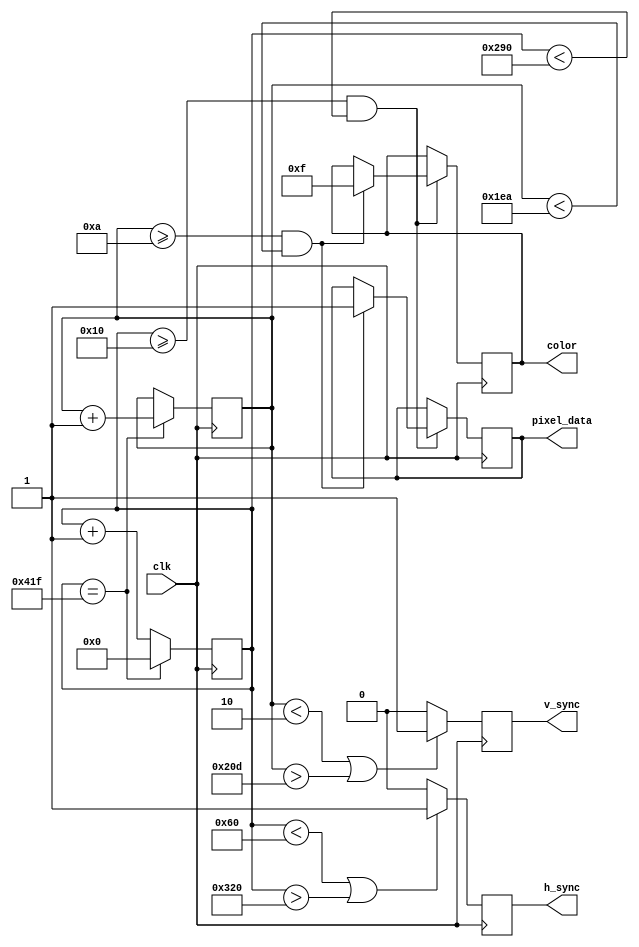
module vga_controller (
  input clk,
  output reg h_sync,
  output reg v_sync,
  output reg pixel_data,
  output reg [3:0] color
);

  reg [10:0] h_counter;
  reg [10:0] v_counter;
  
  parameter H_SYNC_START = 96;
  parameter H_SYNC_END = 800;
  parameter H_FRONT_PORCH = 16;
  parameter H_BACK_PORCH = 48;
  
  parameter V_SYNC_START = 2;
  parameter V_SYNC_END = 525;
  parameter V_FRONT_PORCH = 10;
  parameter V_BACK_PORCH = 33;
  
  always @(posedge clk) begin
    if (h_counter < H_SYNC_START || h_counter > H_SYNC_END) begin
      h_sync <= 1;
    end else begin
      h_sync <= 0;
    end
    
    if (v_counter < V_SYNC_START || v_counter > V_SYNC_END) begin
      v_sync <= 1;
    end else begin
      v_sync <= 0;
    end
    
    if (h_counter >= H_FRONT_PORCH && h_counter < H_FRONT_PORCH + 640) begin
      if (v_counter >= V_FRONT_PORCH && v_counter < V_FRONT_PORCH + 480) begin
        pixel_data <= 1; //Dummy pixel data output
        color <= 4'b1111; //Dummy color output
      end
    end
    
    h_counter <= h_counter + 1;
    
    if (h_counter == 1055) begin
      h_counter <= 0;
      v_counter <= v_counter + 1;
    end
  end

endmodule